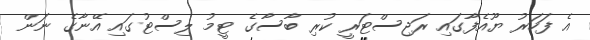
އެ ފަހަރު ޔޫއެފާގައި ރަޖިސްޓަރީ ކުރި ބާސާގެ ޓީމު ލިސްޓުގައި އޭނާގެ ނަން